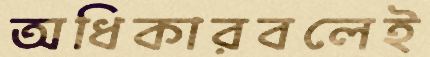
অধিকারবলেই